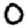
Digit: 0